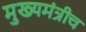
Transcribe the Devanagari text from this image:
मुख्यमंत्रीच